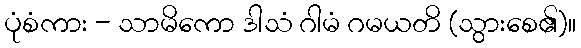
ပုံစံကား - သာမိကော ဒါသံ ဂါမံ ဂမယတိ (သွားစေ၏)။